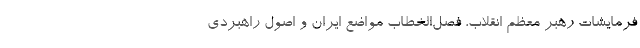
فرمایشات رهبر معظم انقلاب، فصل‌الخطاب مواضع ایران و اصول راهبردی